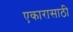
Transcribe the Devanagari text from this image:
एकारासाठी